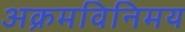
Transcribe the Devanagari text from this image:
अक्रमविनिमय